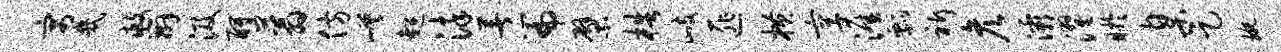
寓几救辫汲酹蓊仿嵯超染著篇檗梏歧匪横享涯瓢祈彦灞濯盱臬足琬